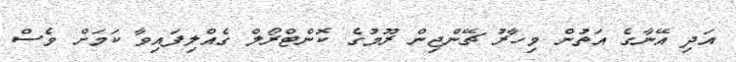
އަދި އޭނާގެ އަތުން މިހާރު ޗޭންޖިން ރޫމުގެ ކޮންޓްރޯލް ގެއްލިފައިވާ ކަމަށް ވެސް